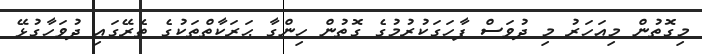
މިގޮތުން މިއަހަރު މި ދުވަސް ފާހަގަކުރުމުގެ ގޮތުން ހިންގާ ޙަރަކާތްތަކުގެ ތެރޭގައި ދުވަހާގުޅޭ